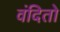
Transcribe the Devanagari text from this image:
वंदितो